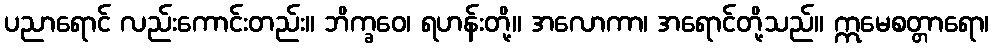
ပညာရောင် လည်းကောင်းတည်း။ ဘိက္ခဝေ၊ ရဟန်းတို့။ အလောကာ၊ အရောင်တို့သည်။ ဣမေစတ္တာရော၊